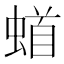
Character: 𫋎